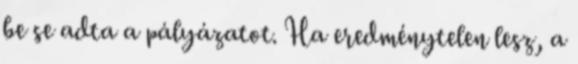
be se adta a pályázatot. Ha eredménytelen lesz, a